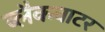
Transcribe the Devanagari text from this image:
ब्लैकवाटर